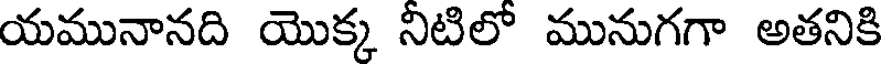
యమునానది యొక్క నిటిలో మునుగగా అతనికి